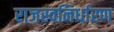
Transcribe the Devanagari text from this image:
राजस्वनिर्धारण